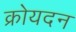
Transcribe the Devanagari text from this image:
क्रोयदन